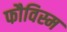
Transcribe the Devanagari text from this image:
फौविस्म